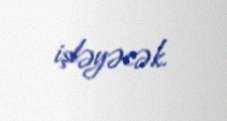
işləyəcək.